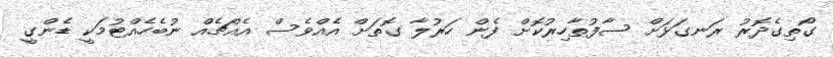
ގޯތިގެދޮރު ރަނގަޅަށް ސާފުތާހިރުކޮށް ފެން ހަރުލާ ގޮތަށް އެއްވެސް އެއްޗެއް ނުބެހެއްޓުމަކީ ޑެންގީ